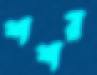
শশর